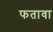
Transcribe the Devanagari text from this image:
फतावा